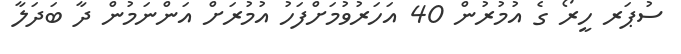
ސުޕަރ ހީރޯ ގެ އުމުރުން 40 އަހަރުވުމަށްފަހު އުމުރަށް އަންނަމުން ދާ ބަދަލާ